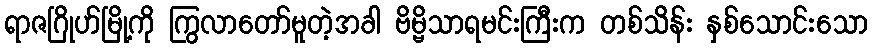
ရာဇဂြိုဟ်မြို့ကို ကြွလာတော်မူတဲ့အခါ ဗိမ္ဗိသာရမင်းကြီးက တစ်သိန်း နှစ်သောင်းသော